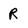
Character: R